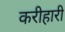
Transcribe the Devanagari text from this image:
करीहारी